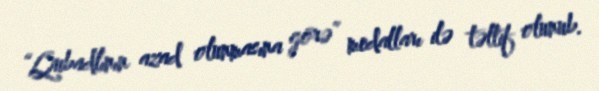
“Qubadlının azad olunmasına görə” medalları ilə təltif olunub.